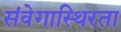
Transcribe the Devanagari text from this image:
संवेगास्थिरता